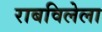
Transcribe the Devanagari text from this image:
राबविलेला